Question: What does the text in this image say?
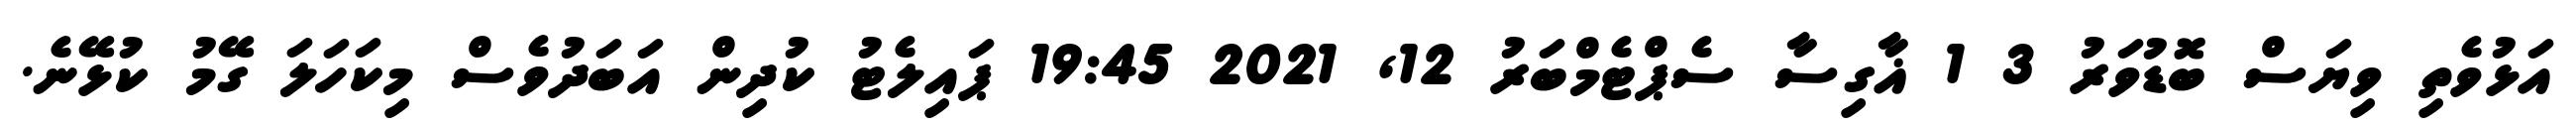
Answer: އަޅުވެތި ވިޔަސް ބޮޑުވަރު 3 1 ޣާގިސާ ސެޕްޓެމްބަރު 12, 2021 19:45 ޕައިލެޓު ކުދިން އަބަދުވެސް މިކަހަލަ ގޭމު ކުޅޭނެ.